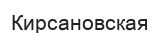
Кирсановская